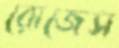
রোজেস